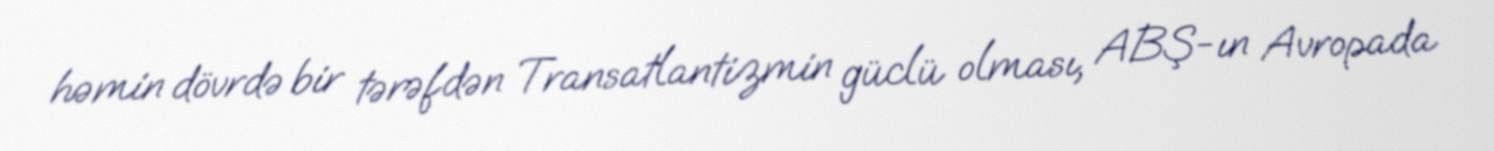
həmin dövrdə bir tərəfdən Transatlantizmin güclü olması, ABŞ-ın Avropada